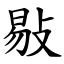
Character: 敡